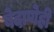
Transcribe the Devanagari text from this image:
बेदाणेही